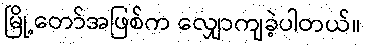
မြို့တော်အဖြစ်က လျှောကျခဲ့ပါတယ်။